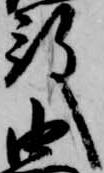
殿